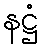
နဋ္ဌံ